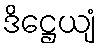
ဒိဋ္ဌေယျံ